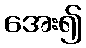
အေး၍